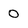
Character: 0